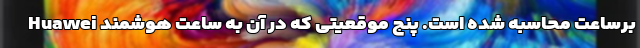
برساعت محاسبه شده است. پنج موقعیتی که در آن به ساعت هوشمند Huawei